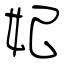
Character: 妃